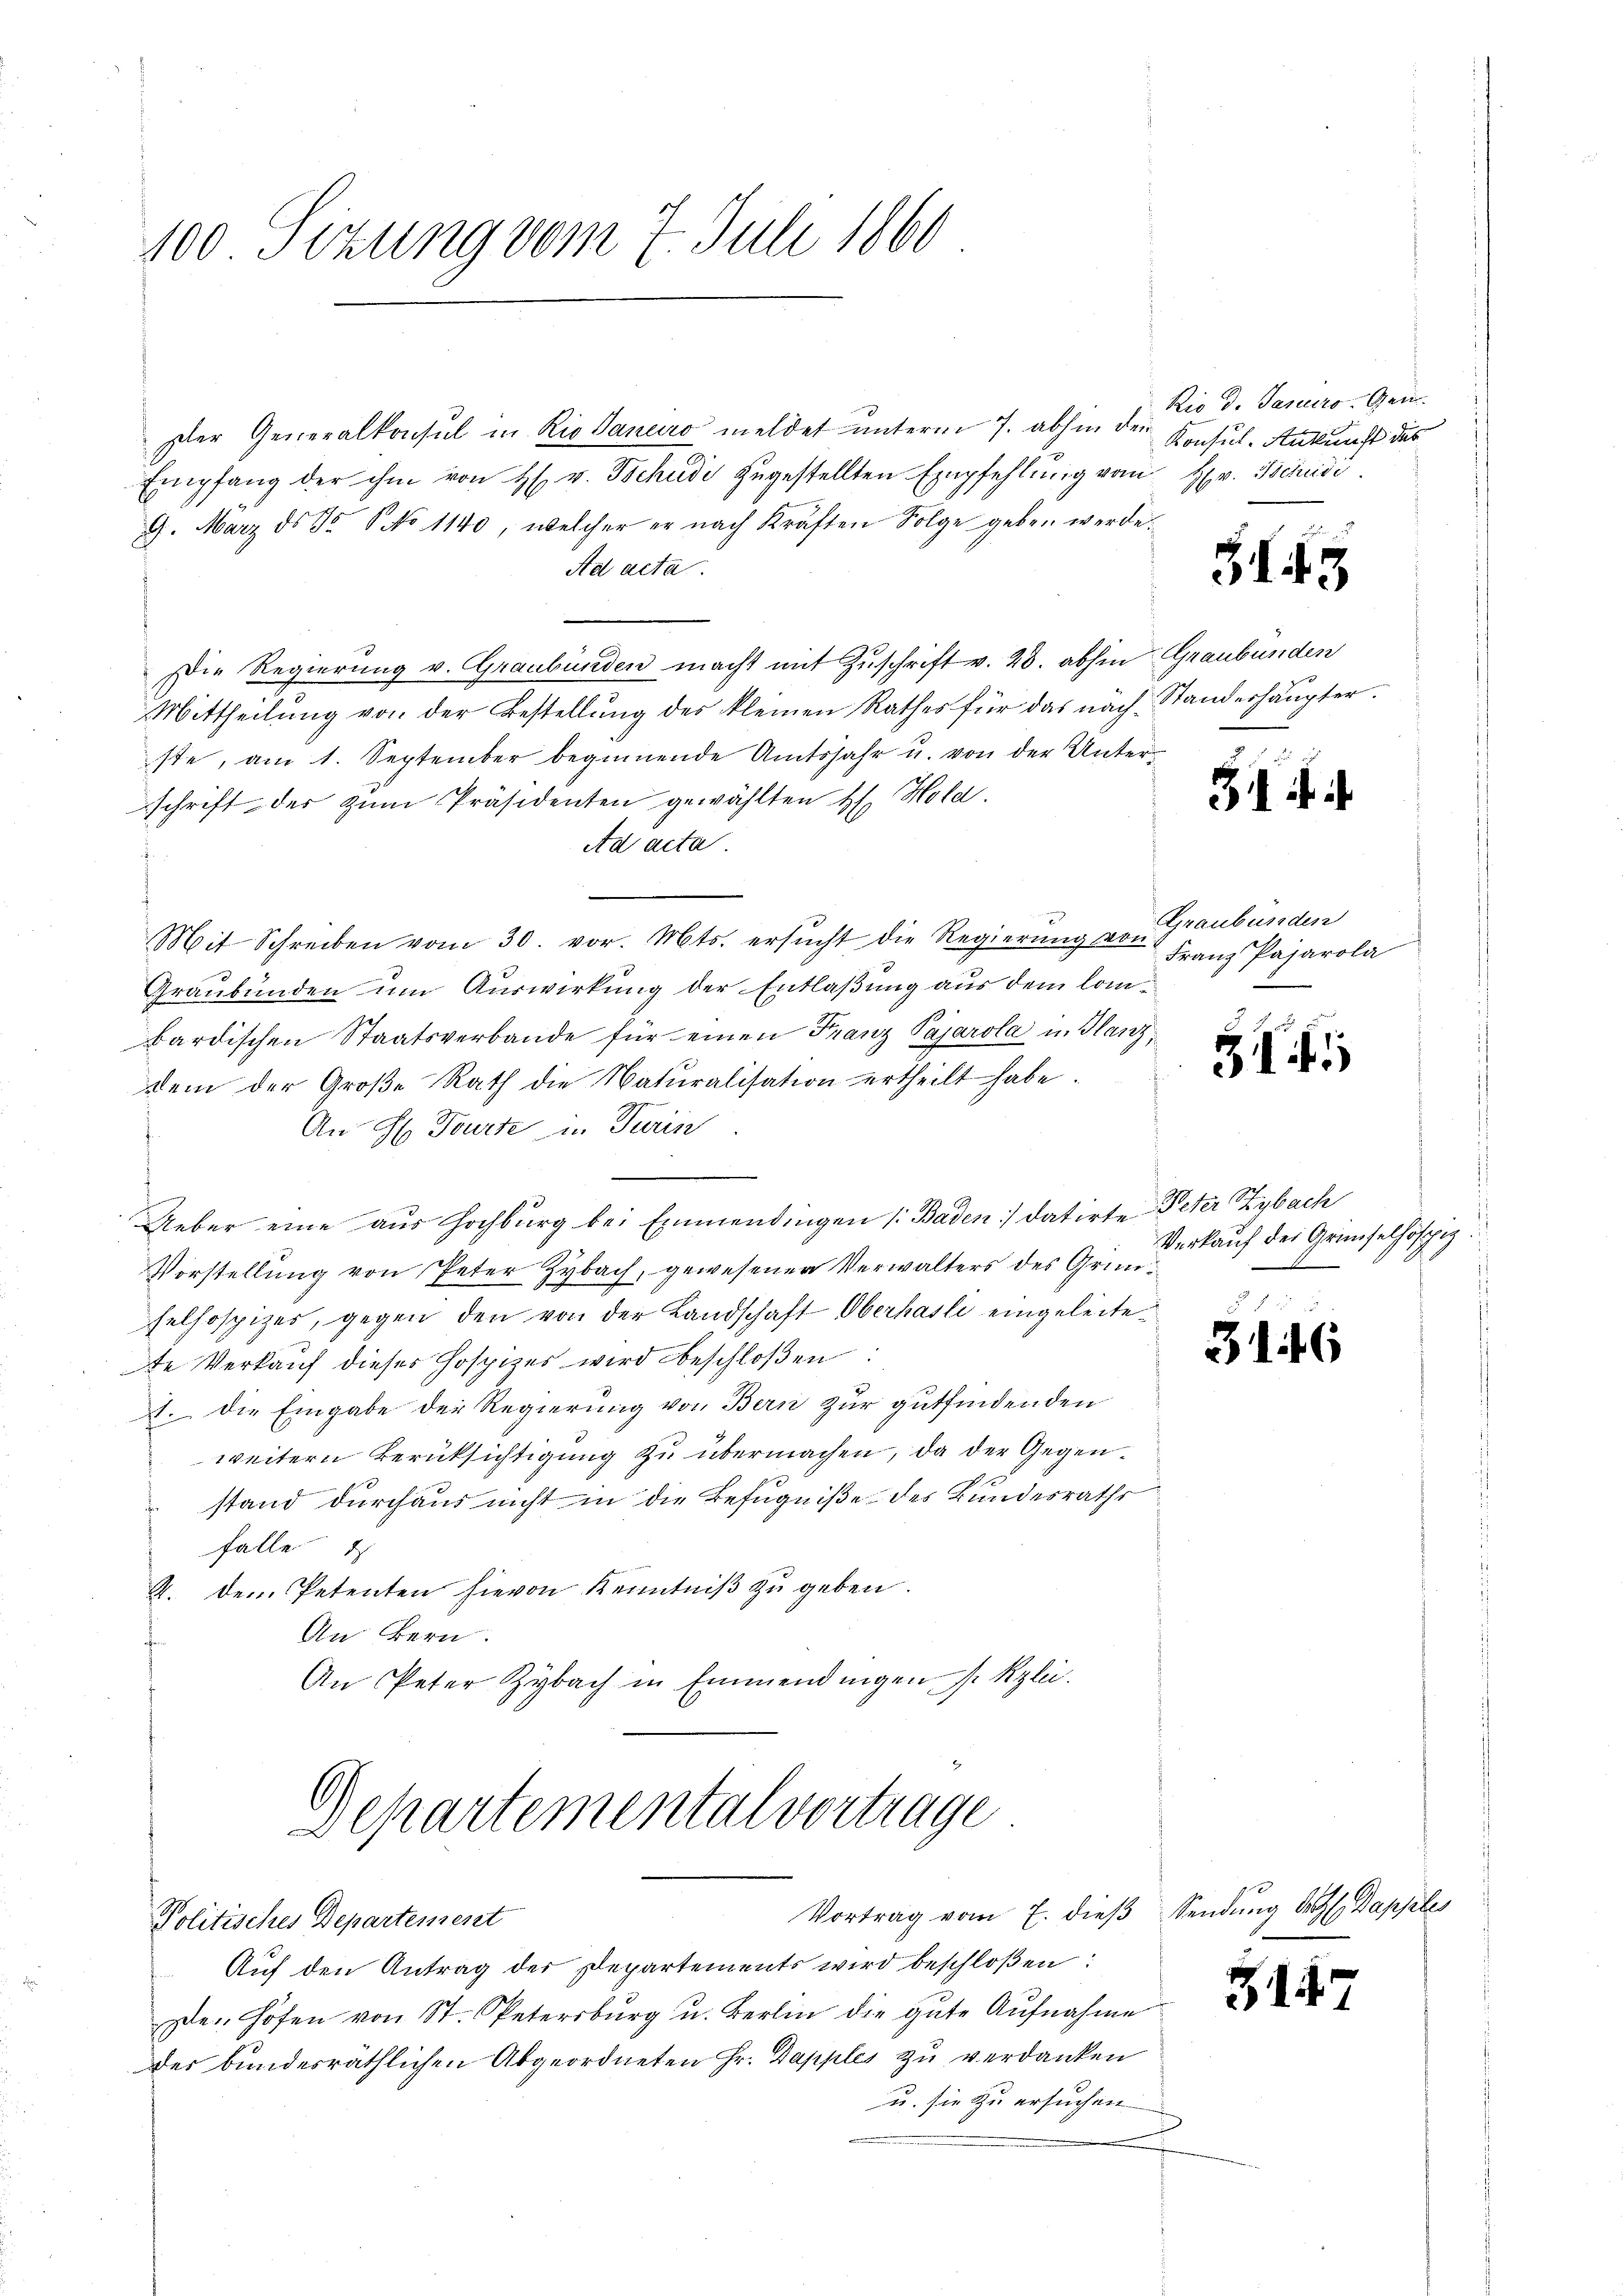
100 Sizung vom 7. Juli 1860

Politisches Departement

Der Generalkonsul in Rio danaro meldet unterm 7. abhin d. d. Janeiro Gen
Empfang der ihm von H. v. Tschudi zugestellten Empfehlung vom Hr. Bedi
9. März ds No 5 No 1140, welcher er nach Kräften Folge geben werde.
Ad acta.
n
Die Regierung v. Graubünden macht mit Zŭschrift v. 28. abhin Graubünden
Mittheilŭng von der Bestellŭng des kleinen Rathes für das nach Standerhaŭpter.
ste, am 1. September beginnende Amtsjahr u. von der Unter-
schrift der zum Präsidenten gewählten H. Hold.
Ad acta
Mit Schreiben vom 30. vor. Mts. ersŭcht die Regierŭng von
Graubünden um Auswirkung der Entlaßung aus dem lommbardischen Staatsverbande für einen Franz Pajarola u. Glanzdem der Große Rath die Naturalisation ertheilt habe
An H. Tourte in Turin
Ueber eine aus Hochburg bei Emmendingen /: Baden) datirte Peter Zybach
Vorstellung von Peter Zybach, gewesenen Verwalters des Grunselhospizes, gegen den von der Landschaft Oberhasli eingeleitete Verkauf dieses Hospizer wird beschloßen:
11. die Eingabe der Regierung von Bern zur gutfindenden
weitern Berüksichtigung zu übermachen, da der Gegenstand durchaus nicht in die Befugniße des Bundesraths
falle
2. Dem Petenten hievon Kenntniß zu geben.
An Bern.
An Peter Zybach in Emmendingen s. Kzlii.
Departemental vortrage

Vortrag vom 7. dieβ Sendŭng Art. Dapples

Konsul. Ankunft des

Auf den Antrag der Departements wird beschloßen:
ze. Hofen von St. Petersburg u. Berlin die gute Aufnahme
der bundesräthlichen Abgeordneten Hr. Dapples zu verdanken
u. sie zu ersuchen

.

31 ff.

Graubünden
Franz Pasarola

3

Verkauf der Grundselhöfpiz

3146

1